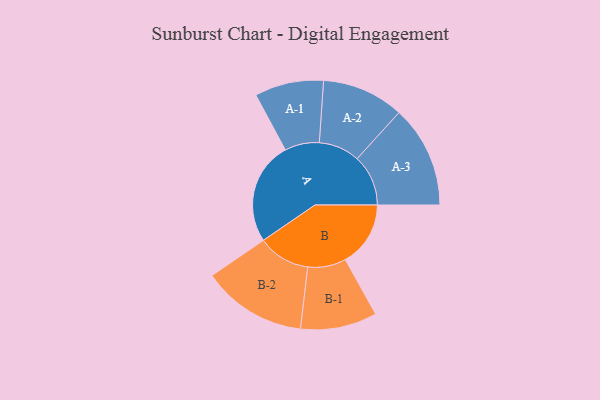
{"axis": {"x": "Segment", "y": "Value"}, "legend": ["", "A", "B"], "data": [{"x": "A", "y": 489, "type": ""}, {"x": "B", "y": 310, "type": ""}, {"x": "A-1", "y": 164, "type": "A"}, {"x": "A-2", "y": 195, "type": "A"}, {"x": "A-3", "y": 243, "type": "A"}, {"x": "B-1", "y": 182, "type": "B"}, {"x": "B-2", "y": 249, "type": "B"}]}